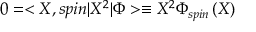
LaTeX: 0 = < X , s p i n | X ^ { 2 } | \Phi > \equiv X ^ { 2 } \Phi _ { s p i n } \left( X \right)